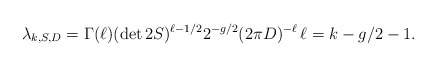
\begin{align*} \lambda_{k,S,D}= \Gamma(\ell)(\det 2S)^{\ell-1/2} 2^{-g/2}(2\pi D)^{-\ell} \, \ell=k-g/2-1.\end{align*}